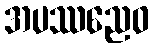
အပဿညေဝ